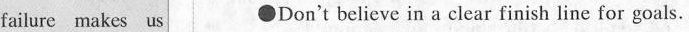
failure makes us Don't believe in a clear finish line for goals.